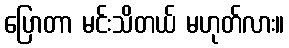
ပြောတာ မင်းသိတယ် မဟုတ်လား။